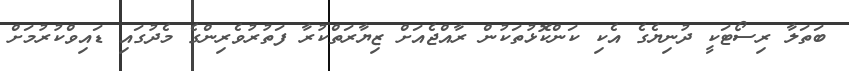
ބަތަލާ ރިސޯޓަކީ ދުނިޔެގެ އެކި ކަންކޮޅުތަކުން ރާއްޖެއަށް ޒިޔާރަތްކުރާ ފަތުރުވެރިންގެ މެދުގައި ޑައިވްކުރުމަށް